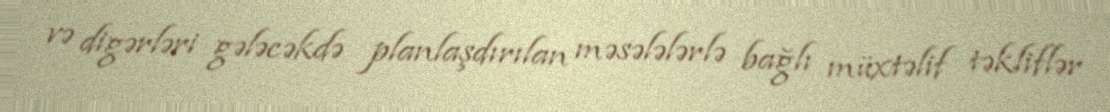
və digərləri gələcəkdə planlaşdırılan məsələlərlə bağlı müxtəlif təkliflər